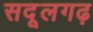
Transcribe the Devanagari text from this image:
सदूलगढ़